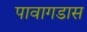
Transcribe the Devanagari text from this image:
पावागडास